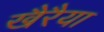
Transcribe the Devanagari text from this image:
खैरैया